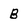
Character: B